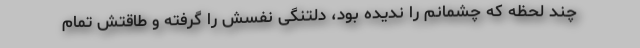
چند لحظه که چشمانم را ندیده بود، دلتنگی نفسش را گرفته و طاقتش تمام